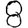
Digit: 8